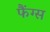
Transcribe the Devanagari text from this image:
फैंग्स